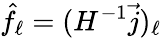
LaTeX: \hat{f}_{\ell}=(H^{-1}\vec{j})_{\ell}